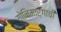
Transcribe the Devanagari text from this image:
योनिमार्गाची